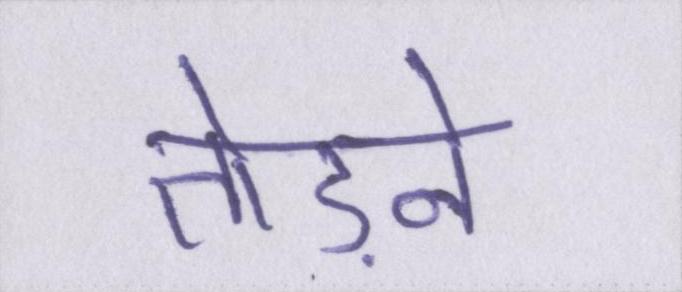
तेाड़ने